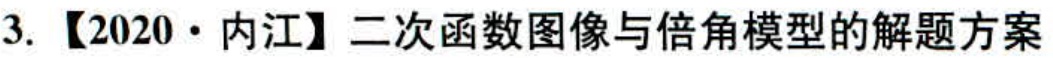
3. 【2020·内江】二次函数图像与倍角模型的解题方案